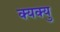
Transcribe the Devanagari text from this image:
क्यक्यु